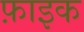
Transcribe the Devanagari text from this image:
फ़ाइक